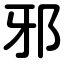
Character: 邪